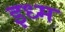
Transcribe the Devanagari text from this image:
इध्म